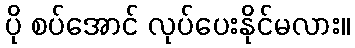
ပို စပ်အောင် လုပ်ပေးနိုင်မလား။